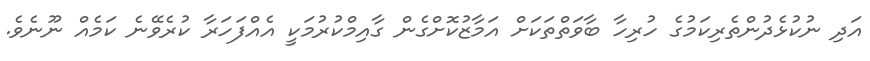
އަދި ނުކުޅެދުންތެރިކަމުގެ ހުރިހާ ބާވަތްތަކަށް އަމާޒުކޮށްގެން ގާއިމްކުރުމަކީ އެއްފަހަރާ ކުރެވޭނެ ކަމެއް ނޫނެވެ.